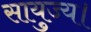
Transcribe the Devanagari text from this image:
सायुज्य।